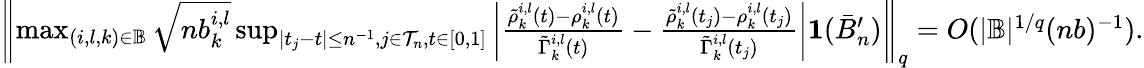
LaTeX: \begin{array}{r}{\left\| \operatorname*{max}_{(i,l,k)\in\mathbb{B}}\sqrt{nb_{k}^{i,l}}\operatorname*{sup}_{|t_{j}-t|\leq n^{-1},j\in\mathcal{T}_{n},t\in[0,1]}\left|\frac{\tilde{\rho}_{k}^{i,l}(t)-\rho_{k}^{i,l}(t)}{\tilde{\Gamma}_{k}^{i,l}(t)}-\frac{\tilde{\rho}_{k}^{i,l}(t_{j})-\rho_{k}^{i,l}(t_{j})}{\tilde{\Gamma}_{k}^{i,l}(t_{j})}\right|\mathbf 1(\bar{B}_{n}^{\prime})\right\| _{q}=O(|\mathbb{B}|^{1/q}(nb)^{-1}).}\end{array}